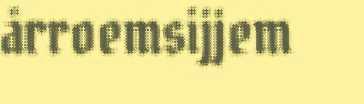
årroemsijjem